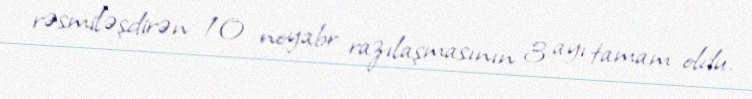
rəsmiləşdirən 10 noyabr razılaşmasının 3 ayı tamam oldu.